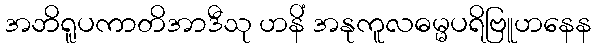
အဘိရူပကာတိအာဒီသု ဟနိံ အနုကူလဓမ္မပရိဗြူဟနေန